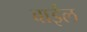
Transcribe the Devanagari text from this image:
बाईल